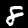
Digit: 8